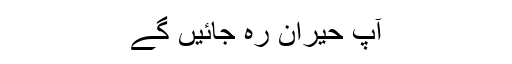
آپ حیران رہ جائیں گے